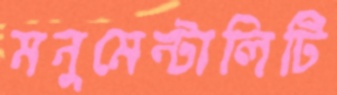
মনুমেন্টালিটি